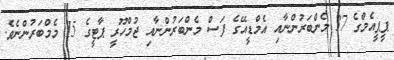
ޕީޕީއެމްގެ 37 މެންބަރުންނާއި އެމްޑީއޭގެ ފަސް މެންބަރުންނާއި ޖުމްހޫރީ ޕާޓީގެ 15 މެމްބަރުންނެވެ.